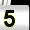
Digit: 5